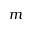
m